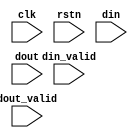
module stat_cnt
#(parameter
	C_CNT_BW = 32
)
(
	input       clk       ,
	input       rstn      ,
	input      [31:0] din,
	input      [31:0] dout,
	input      din_valid,
	input      dout_valid
);
	reg [31:0] indata;
	reg [C_CNT_BW-1:0] incnt;
	reg [31:0] outdata;
	reg [C_CNT_BW-1:0] outcnt;
	wire [31:0] dummy_signal_0; reg [31:0] dummy_signal_1;
	always @(posedge clk or negedge rstn) begin
		if (~rstn) begin
			indata <= 32'h0;
			incnt <= 'h0; 
		end else begin
			if (din_valid) indata <= din;
			if (din_valid) incnt <= incnt + 'h1; 
		end
	end
	always @(posedge clk or negedge rstn) begin
		if (~rstn) begin
			outdata <= 32'h0;
			outcnt <= {C_CNT_BW{1'b0}};
		end else begin
			if (dout_valid) outdata <= dout;
			if (dout_valid) outcnt <= outcnt + 'h1;
		end
	end
	assign dummy_signal_0 = outdata; 
	always @(*) begin dummy_signal_1 = outdata; end
endmodule